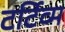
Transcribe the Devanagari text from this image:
टर्टिव्म